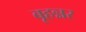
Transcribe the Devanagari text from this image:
बृहन्नर